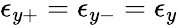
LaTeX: \epsilon_{y+}=\epsilon_{y-}=\epsilon_{y}